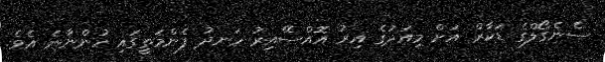
ސެނެގޯލްގެ ޑަކާރް އަށް މިއަދުގެ އިރު އޮއްސޭއިރު ހަނދު ފެންމަތީގައި ހުންނާނެ އެވެ.